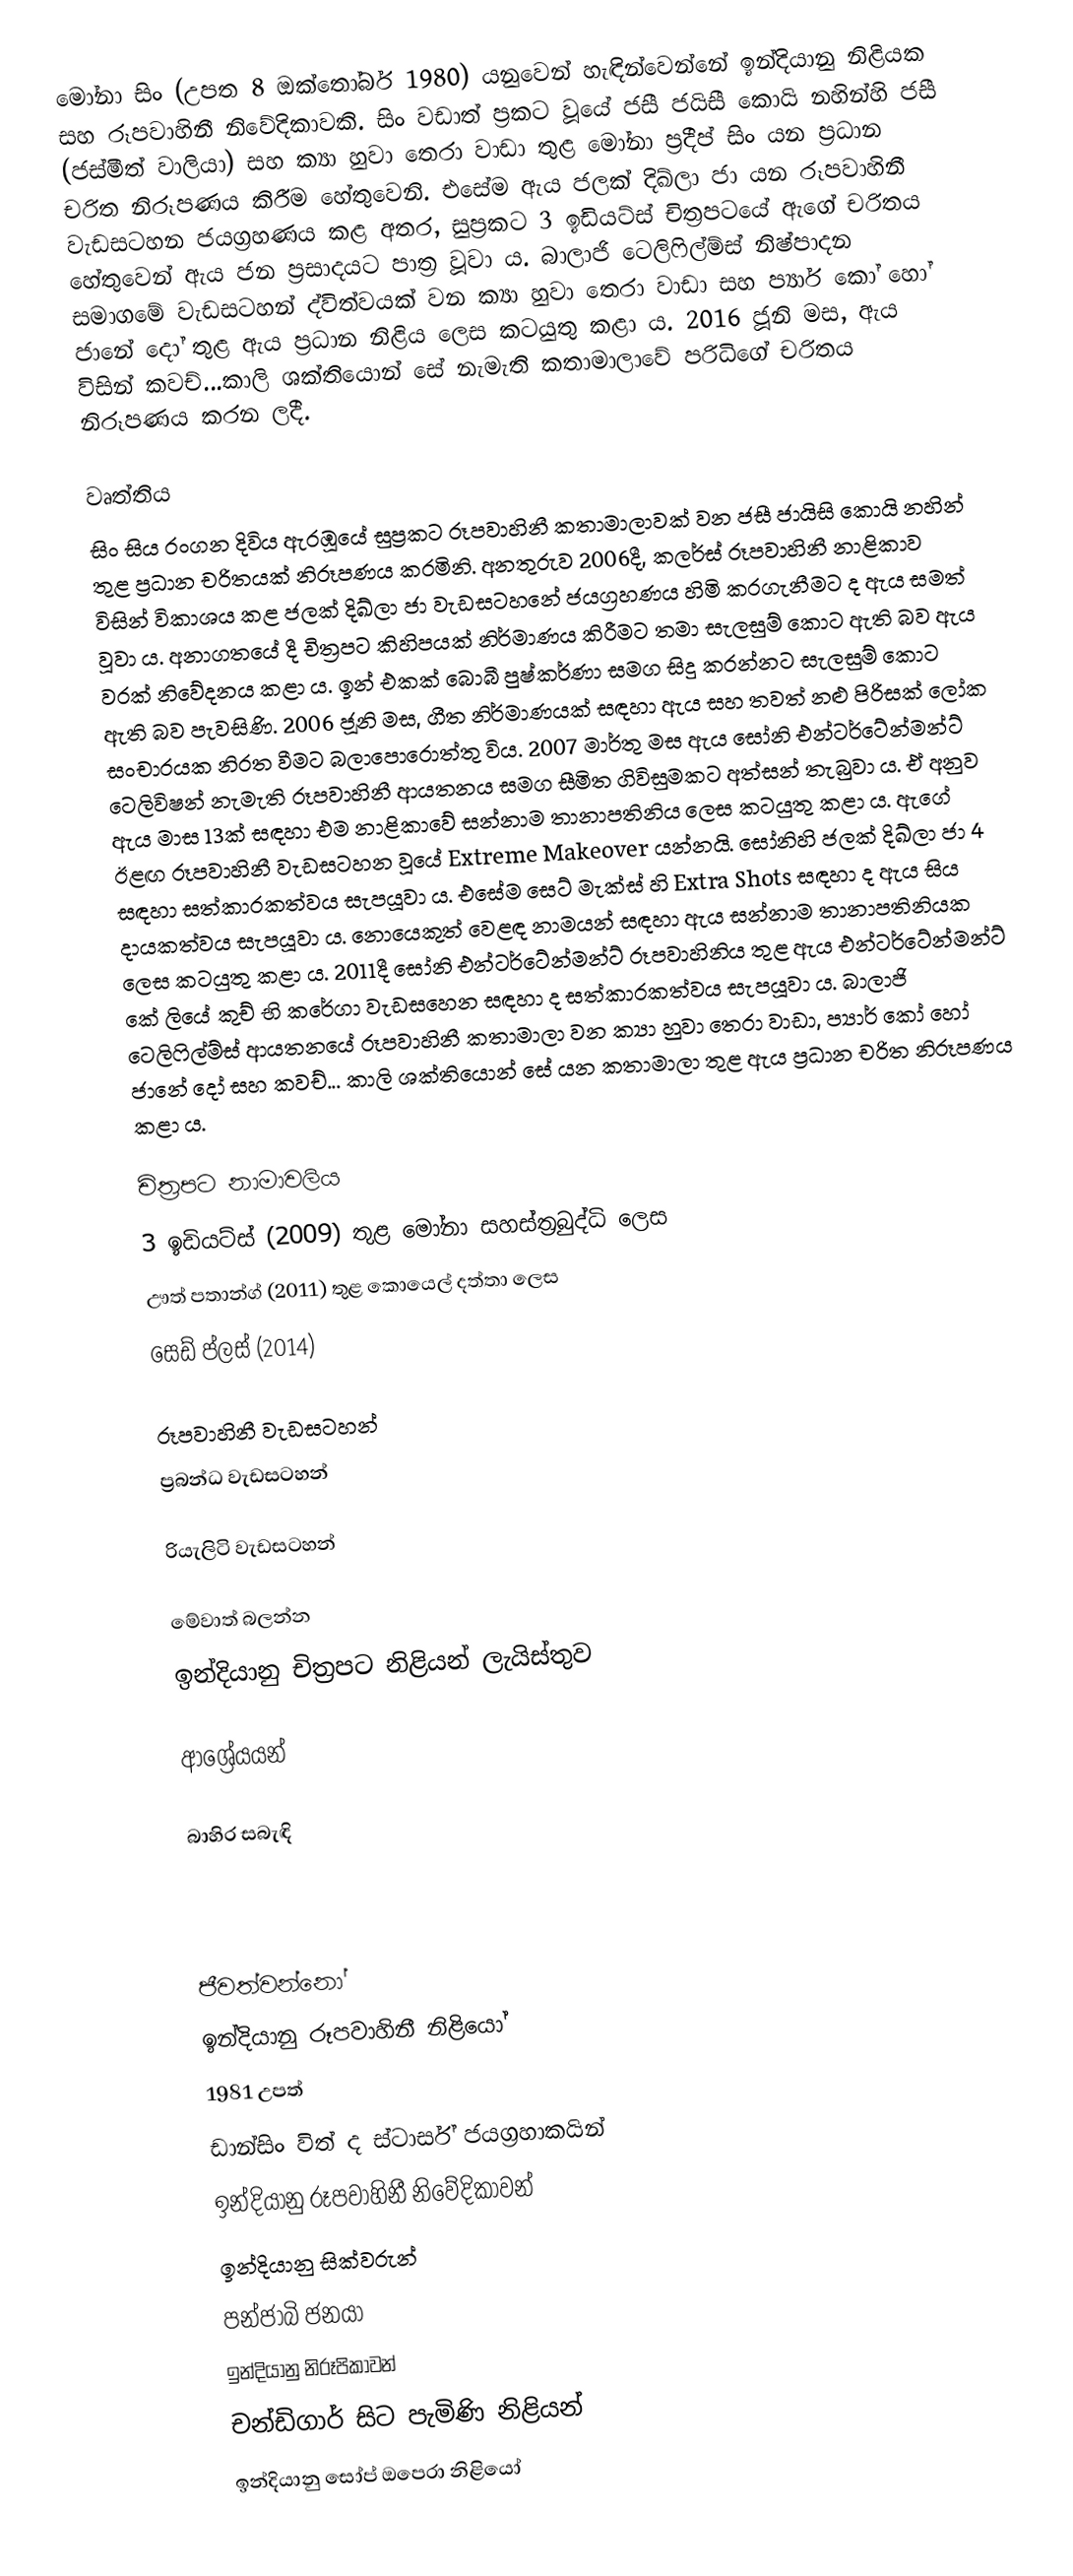
මෝනා සිං (උපත 8 ඔක්තෝබර් 1980) යනුවෙන් හැඳින්වෙන්නේ ඉන්දියානු නිළියක සහ රූපවාහිනී නිවේදිකාවකි. සිං වඩාත් ප්‍රකට වූයේ ජසී ජයිසී කොයි නහින්හි ජසී (ජස්මීත් වාලියා) සහ ක්‍යා හුවා තෙරා වාඩා තුළ මෝනා ප්‍රදීප් සිං යන ප්‍රධාන චරිත නිරූපණය කිරීම හේතුවෙනි. එසේම ඇය ජලක් දිඛ්ලා ජා යන රූපවාහිනී වැඩසටහන ජයග්‍රහණය කළ අතර, සුප්‍රකට 3 ඉඩියට්ස් චිත්‍රපටයේ ඇගේ චරිතය හේතුවෙන් ඇය ජන ප්‍රසාදයට පාත්‍ර වූවා ය. බාලාජි ටෙලිෆිල්ම්ස් නිෂ්පාදන සමාගමේ වැඩසටහන් ද්විත්වයක් වන ක්‍යා හුවා තෙරා වාඩා සහ  ප්‍යාර් කෝ හෝ ජානේ දෝ තුළ ඇය ප්‍රධාන නිළිය ලෙස කටයුතු කළා ය. 2016 ජූනි මස, ඇය විසින් කවච්...කාලි ශක්තියොන් සේ නැමැති කතාමාලාවේ පරිධිගේ චරිතය නිරූපණය කරන ලදී.

වෘත්තිය
සිං සිය රංගන දිවිය ඇරඹූයේ සුප්‍රකට රූපවාහිනී කතාමාලාවක් වන ජසී ජායිසි කොයි නහින් තුළ ප්‍රධාන චරිතයක් නිරූපණය කරමිනි. අනතුරුව 2006දී, කලර්ස් රූපවාහිනී නාළිකාව විසින් විකාශය කළ ජලක් දිඛ්ලා ජා වැඩසටහනේ ජයග්‍රහණය හිමි කරගැනීමට ද ඇය සමත් වූවා ය. අනාගතයේ දී චිත්‍රපට කිහිපයක් නිර්මාණය කිරීමට තමා සැලසුම් කොට ඇති බව ඇය වරක් නිවේදනය කළා ය. ඉන් එකක් බොබී පුෂ්කර්ණා සමග සිදු කරන්නට සැලසුම් කොට ඇති බව පැවසිණි. 2006 ජූනි මස, ගීත නිර්මාණයක් සඳහා ඇය සහ තවත් නළු පිරිසක් ලෝක සංචාරයක නිරත වීමට බලාපොරොත්තු විය. 2007 මාර්තු මස ඇය සෝනි එන්ටර්ටේන්මන්ට් ටෙලිවිෂන් නැමැති රූපවාහිනී ආයතනය සමග සීමිත ගිවිසුමකට අත්සන් තැබුවා ය. ඒ අනුව ඇය මාස 13ක් සඳහා එම නාළිකාවේ සන්නාම තානාපතිනිය ලෙස කටයුතු කළා ය. ඇගේ ඊළඟ රූපවාහිනී වැඩසටහන වූයේ Extreme Makeover යන්නයි. සෝනිහි ජලක් දිඛ්ලා ජා 4 සඳහා සත්කාරකත්වය සැපයූවා ය. එසේම සෙට් මැක්ස් හි Extra Shots සඳහා ද ඇය සිය දායකත්වය සැපයූවා ය. නොයෙකුත් වෙළඳ නාමයන් සඳහා ඇය සන්නාම තානාපතිනියක ලෙස කටයුතු කළා ය. 2011දී සෝනි එන්ටර්ටේන්මන්ට් රූපවාහිනිය තුළ ඇය එන්ටර්ටේන්මන්ට් කේ ලියේ කුච් භි කරේගා වැඩසහෙන සඳහා ද සත්කාරකත්වය සැපයූවා ය. බාලාජි ටෙලිෆිල්ම්ස් ආයතනයේ රූපවාහිනී කතාමාලා වන ක්‍යා හුවා තෙරා වාඩා, ප්‍යාර් කෝ හෝ ජානේ දෝ සහ කවච්... කාලි ශක්තියොන් සේ යන කතාමාලා තුළ ඇය ප්‍රධාන චරිත නිරූපණය කළා ය.

චිත්‍රපට නාමාවලිය
3 ඉඩියට්ස් (2009) තුළ මෝනා සහස්ත්‍රබුද්ධි ලෙස
ඌත් පතාන්ග් (2011) තුළ කොයෙල් ‍දත්තා ලෙස
සෙඩ් ප්ලස් (2014)

රූපවාහිනී වැඩසටහන්
ප්‍රබන්ධ වැඩසටහන්

රියැලිටි වැඩසටහන්

මේවාත් බලන්න
ඉන්දියානු චිත්‍රපට නිළියන් ලැයිස්තුව

ආශ්‍රේයයන්

බාහිර සබැඳි

ජීවත්වන්නෝ
ඉන්දියානු රූපවාහිනී නිළියෝ
1981 උපත්
ඩාන්සිං විත් ද ස්ටාර්ස් ජයග්‍රහාකයින්
ඉන්දියානු රූපවාහිනී නිවේදිකාවන්
ඉන්දියානු සික්වරුන්
පන්ජාබි ජනයා
ඉන්දියානු නිරූපිකාවන්
චන්ඩිගාර් සිට පැමිණි නිළියන්
ඉන්දියානු සෝප් ඔපෙරා නිළියෝ